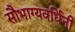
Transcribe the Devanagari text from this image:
सौभाग्यवर्धिनी